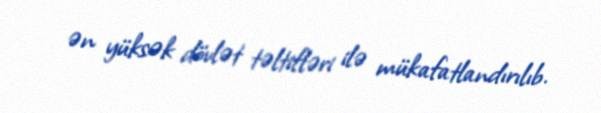
ən yüksək dövlət təltifləri ilə mükafatlandırılıb.